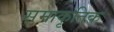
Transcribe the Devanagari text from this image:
समाकृतिक